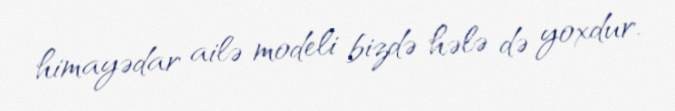
himayədar ailə modeli bizdə hələ də yoxdur.